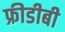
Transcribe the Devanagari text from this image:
फ्रीडीबी